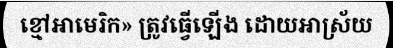
ខ្មៅអាមេរិក» ត្រូវធ្វើឡើង ដោយអាស្រ័យ